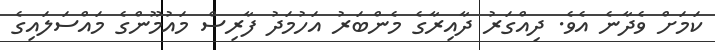
ކަމަށް ވެދާނެ އެވެ. ދިއްގަރު ދާއިރާގެ މެންބަރު އަހުމަދު ފާރިސް މައުމޫންގެ މައްސަލައިގެ